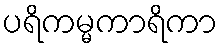
ပရိကမ္မကာရိကာ